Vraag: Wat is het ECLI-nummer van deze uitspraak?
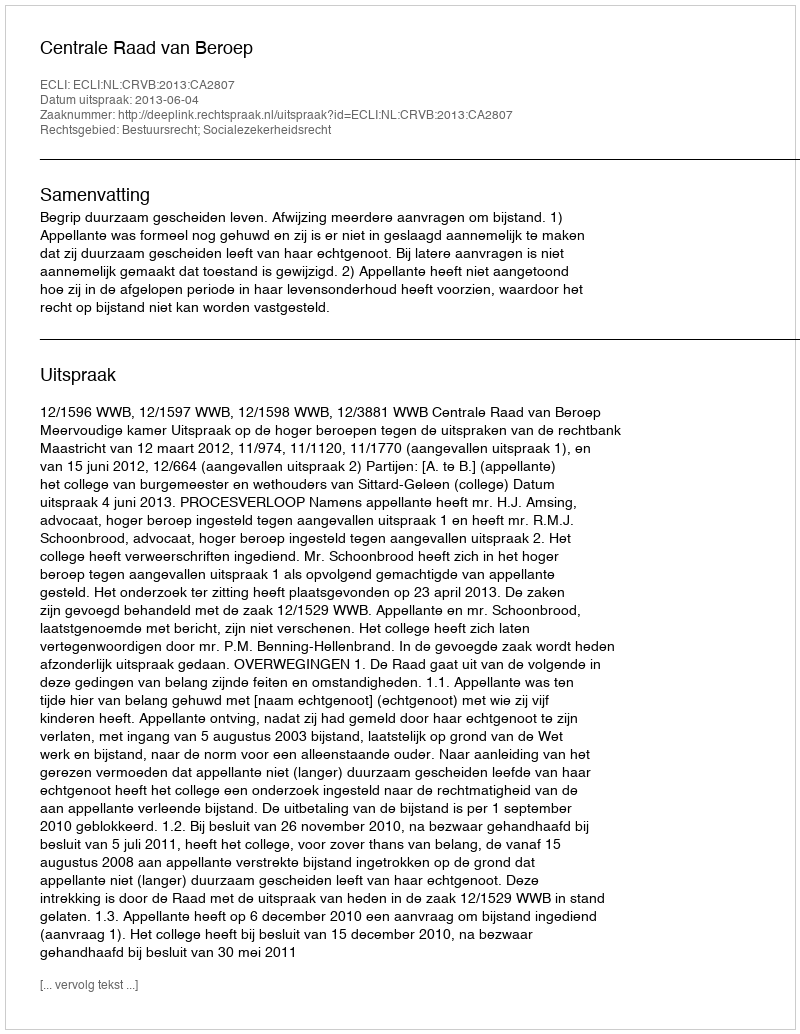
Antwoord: ECLI:NL:CRVB:2013:CA2807